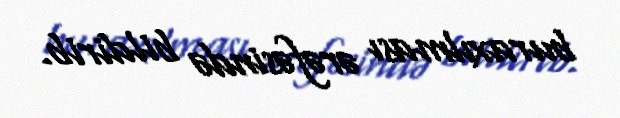
buraxılması ərəfəsində bildirib.